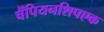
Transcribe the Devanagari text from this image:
चैंपियनशिपएक